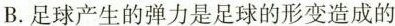
B. 足球产生的弹力是足球的形变造成的